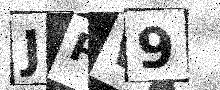
Text: JPW9